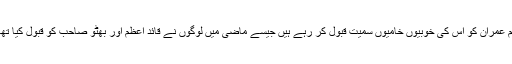
ہم عمران کو اس کی خوبیوں خامیوں سمیت قبول کر رہے ہیں جیسے ماضی میں لوگوں نے قائد اعظمؒ اور بھٹو صاحب کو قبول کیا تھا۔